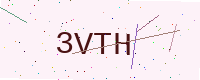
Text: 3VTH